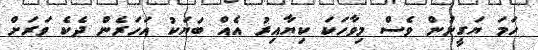
ހަމަ ޔަގީނުން ވެސް މިވާހަކަ ކިޔާއިރު އެއް ބަޔަކު އަހަރެން ދެކެ ވަރަށް